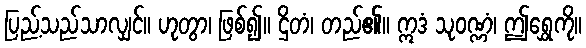
ပြည့်သည်သာလျှင်။ ဟုတွာ၊ ဖြစ်၍။ ဌိတံ၊ တည်၏။ ဣဒံ သုဝဏ္ဏံ၊ ဤရွှေကို။